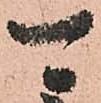
可